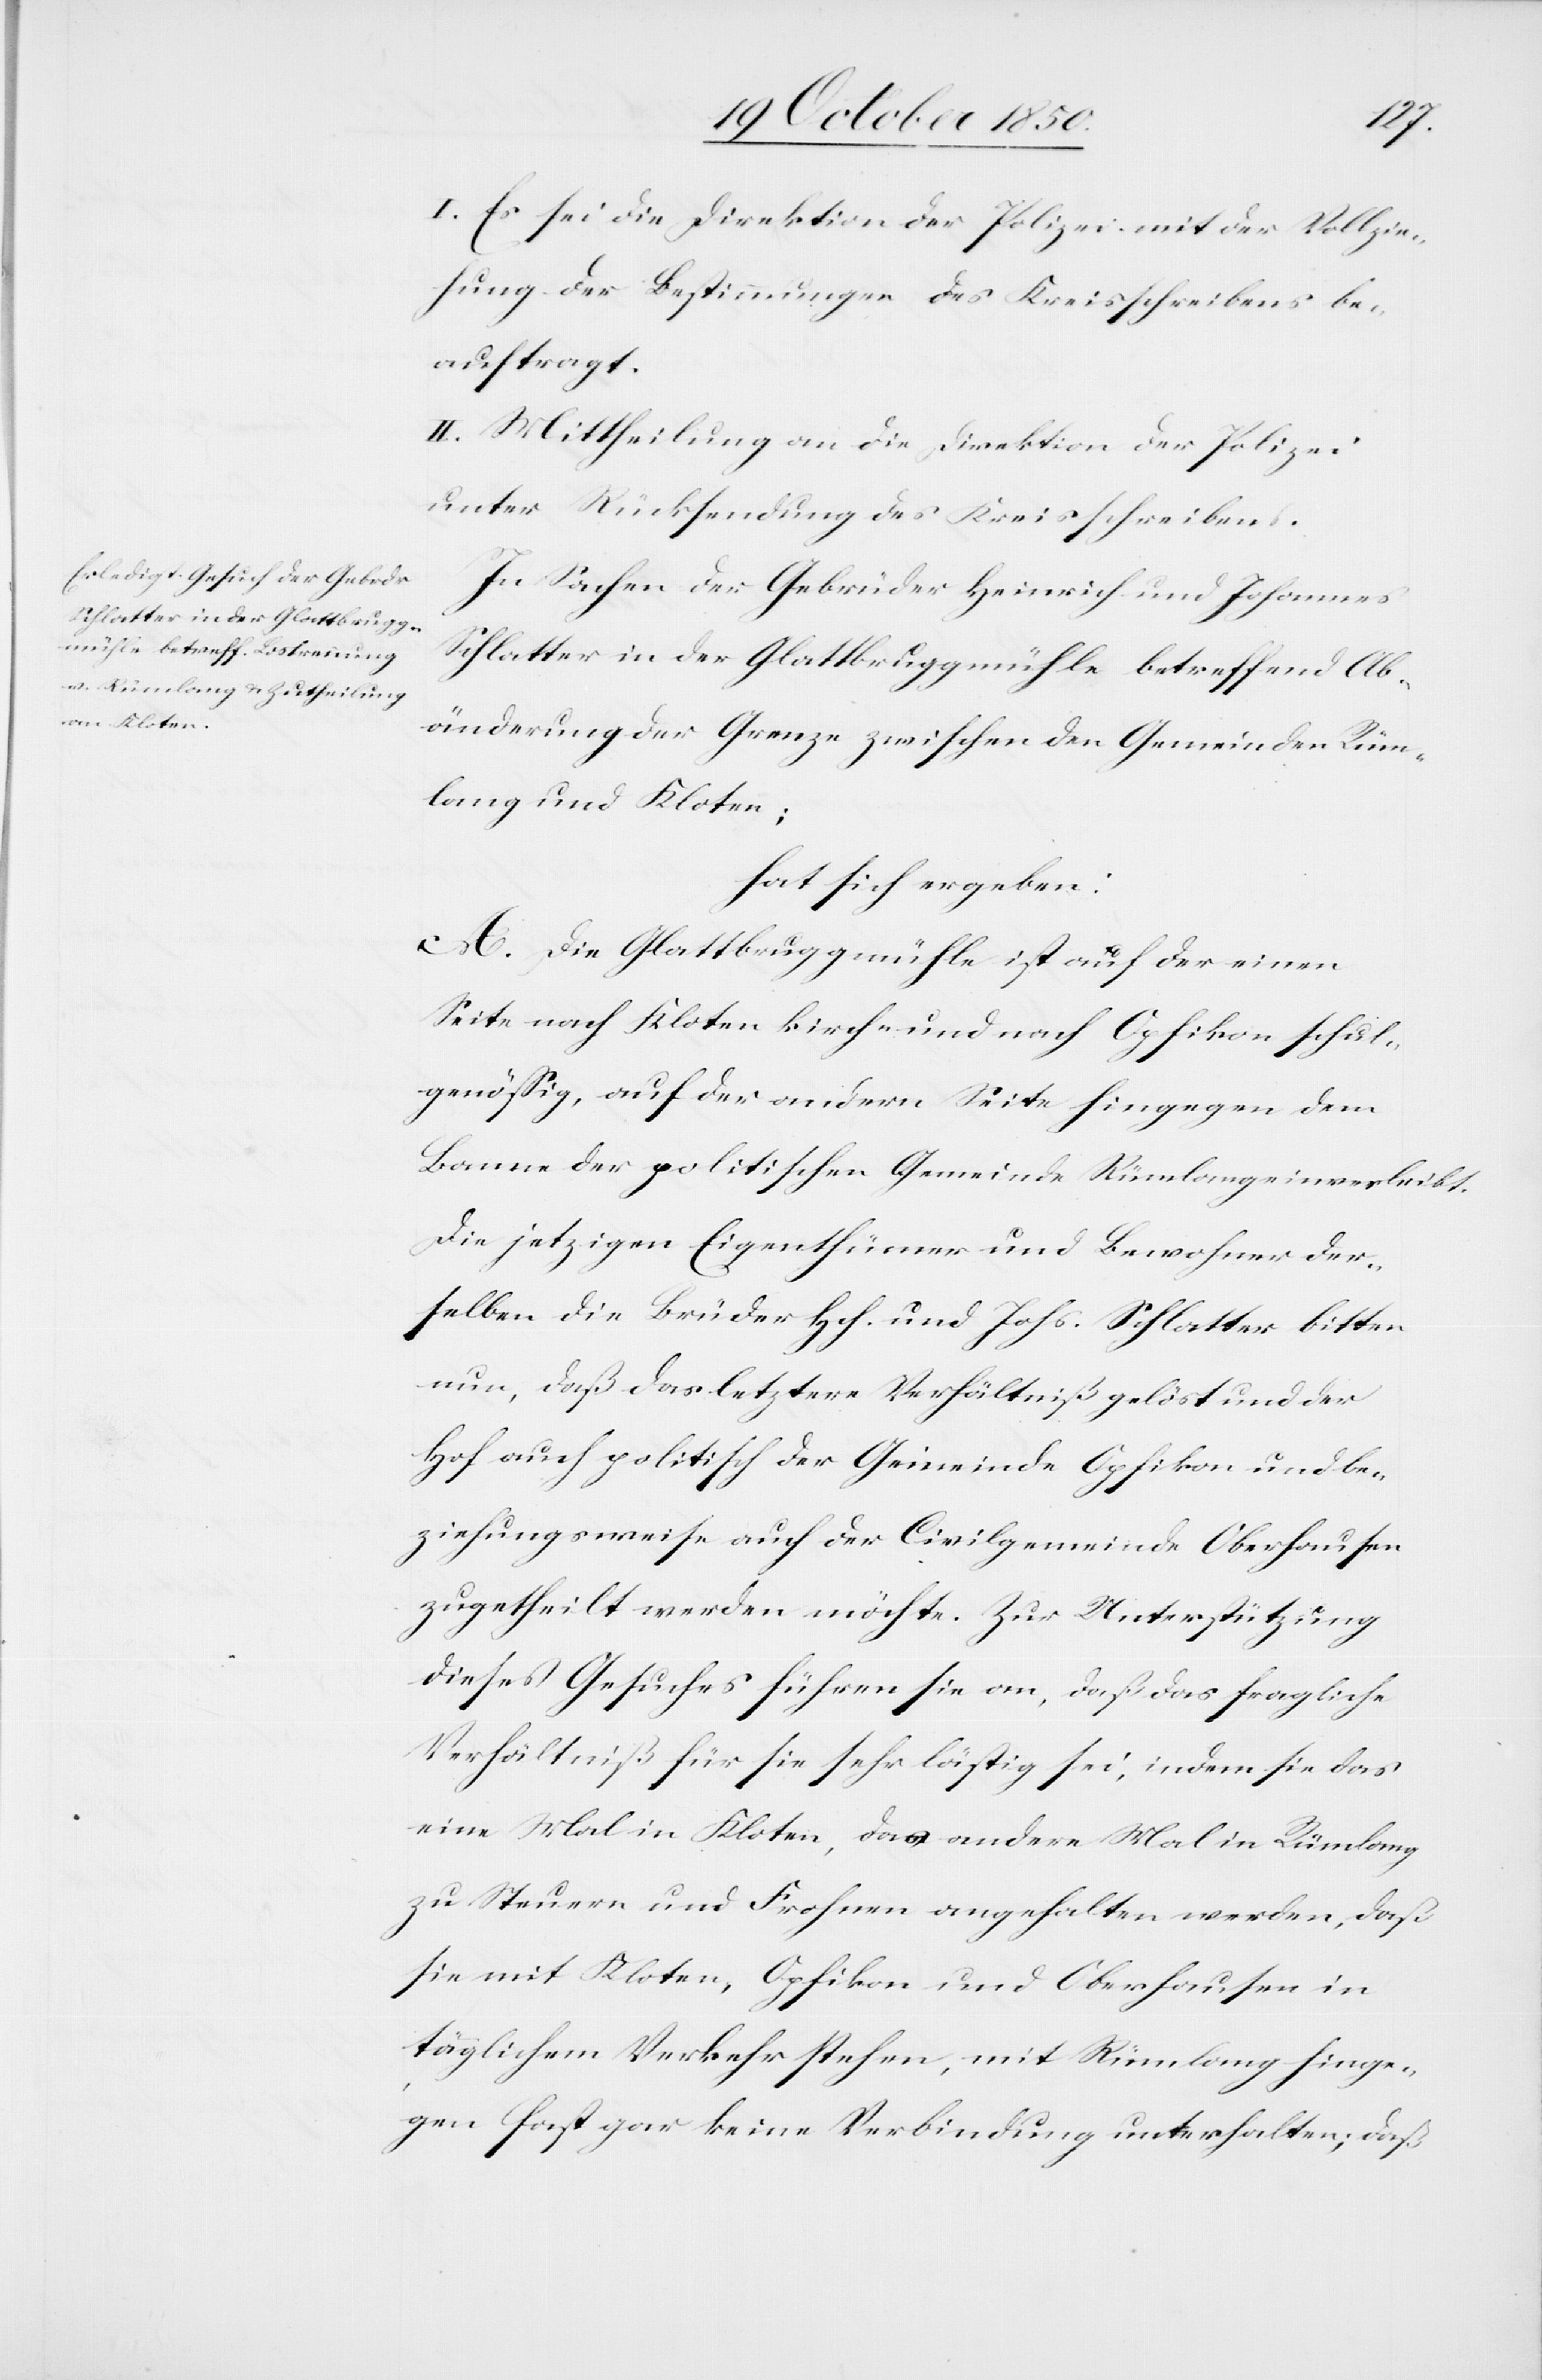
I. Es sei die Direktion der Polizei mit der Vollzie¬
hung der Bestimmungen des Kreisschreibens be¬
auftragt.
II. Mittheilung an die Direktion der Polizei
unter Rücksendung des Kreisschreibens.
In Sachen der Gebrüder Heinrich und Johannes
Schlatter in der Glattbruggmühle betreffend Ab¬
änderung der Grenze zwischen den Gemeinden Rüm¬
lang und Kloten;
hat sich ergeben:
A. Die Glattbruggmühle ist auf der einen
Seite nach Kloten kirch- und nach Opfikon schul¬
genössig, auf der andern Seite hingegen dem
Banne der politischen Gemeinde Rümlang einverleibt.
Die jetzigen Eigenthümer und Bewohner der¬
selben die Brüder Hch. und Johs. Schlatter bitten
nun, daß das letztere Verhältniß gelöst und der
Hof auch politisch der Gemeinde Opfikon und be¬
ziehungsweise auch der Civilgemeinde Oberhausen
zugetheilt werden möchte. Zur Unterstützung
dieses Gesuches führen sie an, daß das fragliche
Verhältniß für sie sehr lästig sei, indem sie das
eine Mal in Kloten, das andere Mal in Rümlang
zu Steuern und Frohnen angehalten werden, daß
sie mit Kloten, Opfikon und Oberhausen in
täglichem Verkehr stehen, mit Rümlang hinge¬
gen fast gar keine Verbindung unterhalten; daß